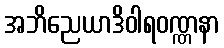
အဘိညေယာဒိဝါရဝဏ္ဏနာ